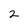
Character: 2